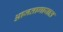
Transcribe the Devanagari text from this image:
आजतागायात